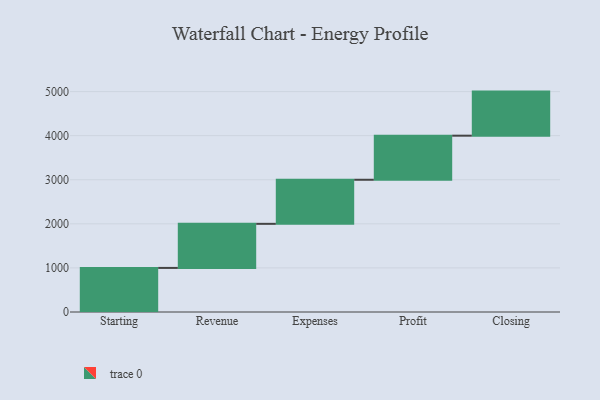
{"axis": {"x": "Step", "y": "Value"}, "legend": [""], "data": [{"x": "Starting", "y": 1000, "type": ""}, {"x": "Revenue", "y": 1000, "type": ""}, {"x": "Expenses", "y": 1000, "type": ""}, {"x": "Profit", "y": 1000, "type": ""}, {"x": "Closing", "y": 1000, "type": ""}]}